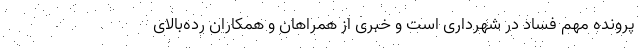
پرونده مهم فساد در شهرداری است و خبری از همراهان و همکاران رده‌بالای